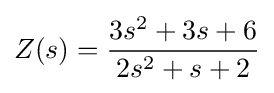
Z(s)={\frac {3s^{2}+3s+6}{2s^{2}+s+2}}